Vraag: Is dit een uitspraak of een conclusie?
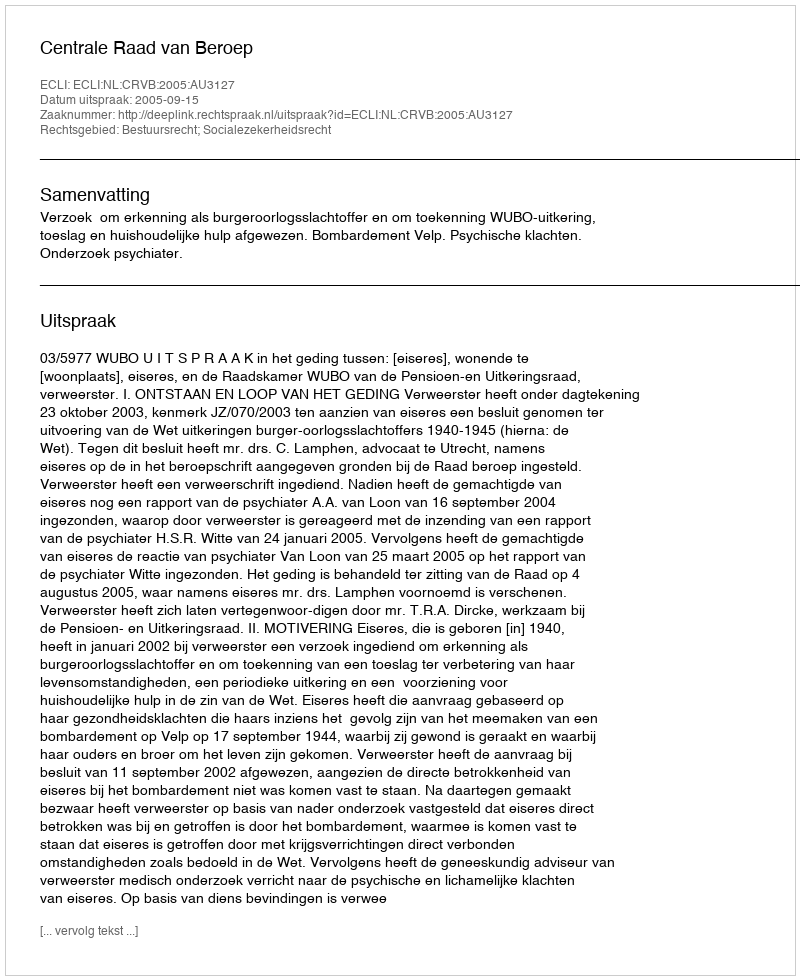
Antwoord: Uitspraak